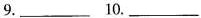
9. ___10. ___